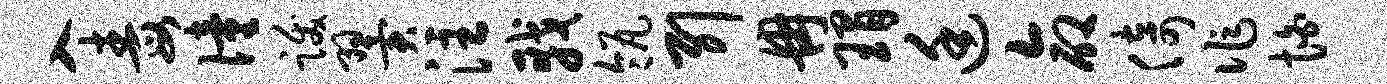
入毒僮跋翼注戟瓴引冉瑁廷命倚作怕